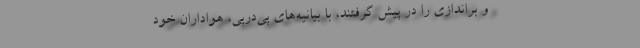
و براندازی را در پیش گرفتند، با بیانیه‌های پی‌در‌پی، هواداران خود